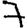
Digit: 7